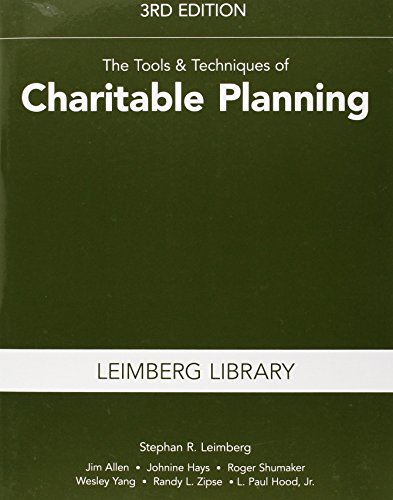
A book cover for The Tools & Techniques of Charitable Planning, 3rd Edition (Leimberg Library: Tools & Techniques); Stephan R. Leimberg; Business & Money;